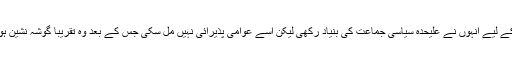
اس مقصد کے لیے انہوں نے علیحدہ سیاسی جماعت کی بنیاد رکھی لیکن اسے عوامی پذیرائی نہیں مل سکی جس کے بعد وہ تقریباً گوشہ نشین ہوگئے تھے۔